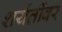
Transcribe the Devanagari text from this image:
शर्यतींवर